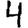
Digit: 4